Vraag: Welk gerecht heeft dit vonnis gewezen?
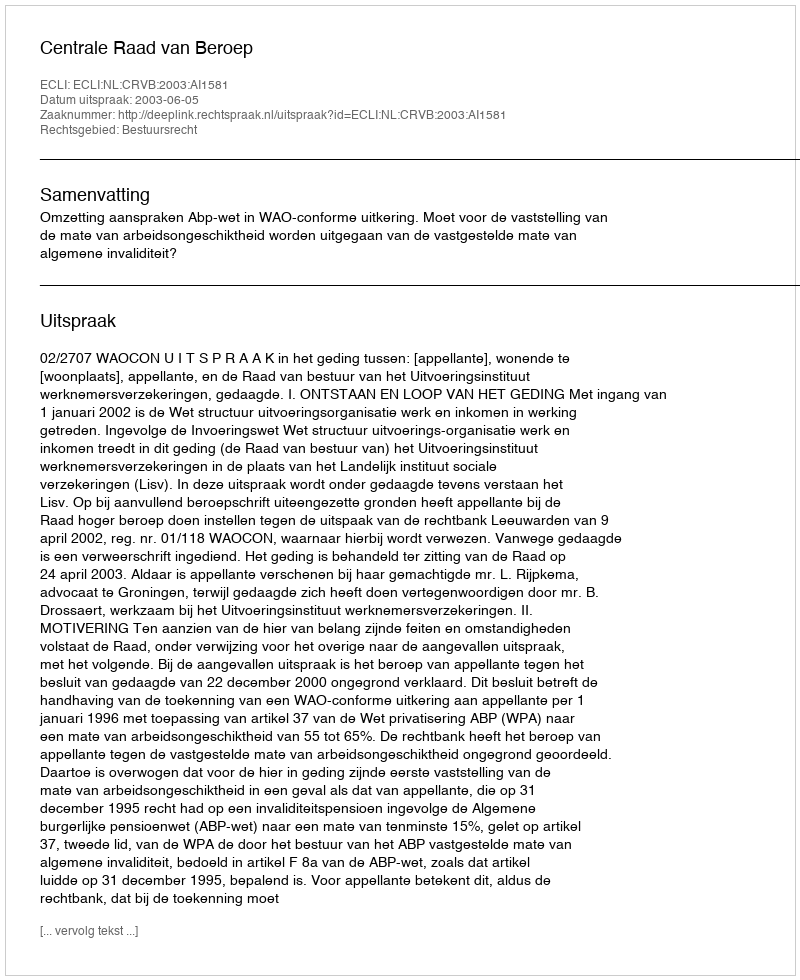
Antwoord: Centrale Raad van Beroep